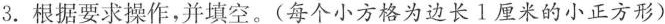
3. 根据要求操作，并填空。(每个小方格为边长1厘米的小正方形)